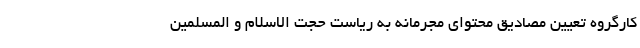
کارگروه تعیین مصادیق محتوای مجرمانه به ریاست حجت الاسلام و المسلمین